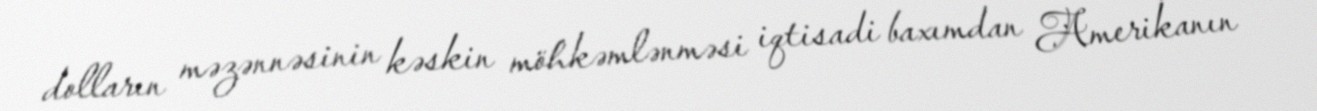
dolların məzənnəsinin kəskin möhkəmlənməsi iqtisadi baxımdan Amerikanın